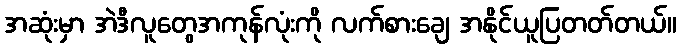
အဆုံးမှာ အဲဒီလူတွေအကုန်လုံးကို လက်စားချေ အနိုင်ယူပြတတ်တယ်။